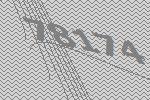
78174